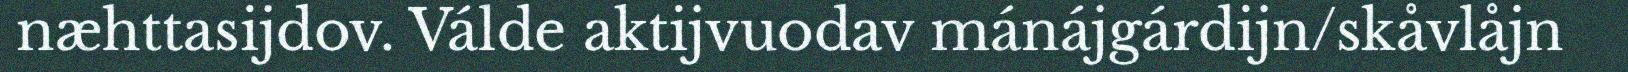
næhttasijdov. Válde aktijvuodav mánájgárdijn/skåvlåjn